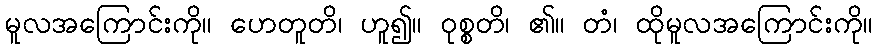
မူလအကြောင်းကို။ ဟေတူတိ၊ ဟူ၍။ ဝုစ္စတိ၊ ၏။ တံ၊ ထိုမူလအကြောင်းကို။